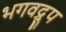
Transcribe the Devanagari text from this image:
भगवद्रूप